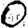
Digit: 0